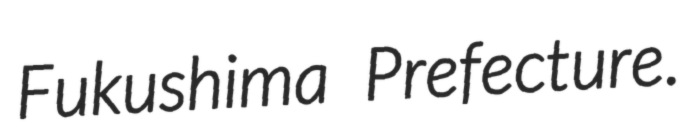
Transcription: Fukushima Prefecture.